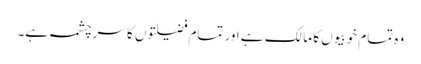
وہ تمام خوبیوں کا مالک ہے اور تمام فضیلتوں کا سرچشمہ ہے۔